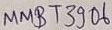
Text: MMBT3906